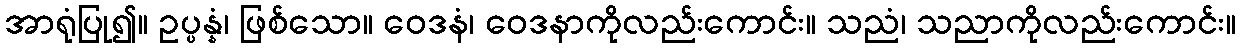
အာရုံပြု၍။ ဥပ္ပန္နံ၊ ဖြစ်သော။ ဝေဒနံ၊ ဝေဒနာကိုလည်းကောင်း။ သညံ၊ သညာကိုလည်းကောင်း။